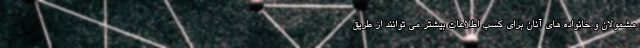
مشمولان و خانواده های آنان برای کسب اطلاعات بیشتر می توانند از طریق